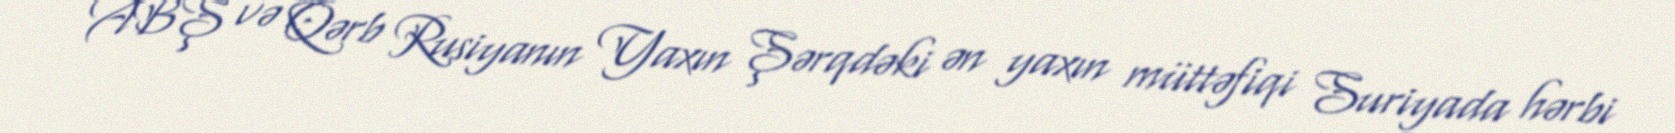
ABŞ və Qərb Rusiyanın Yaxın Şərqdəki ən yaxın müttəfiqi Suriyada hərbi